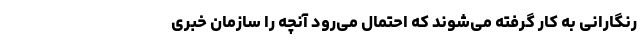
رنگارانی به کار گرفته می‌شوند که احتمال می‌‌رود آنچه را سازمان خبری